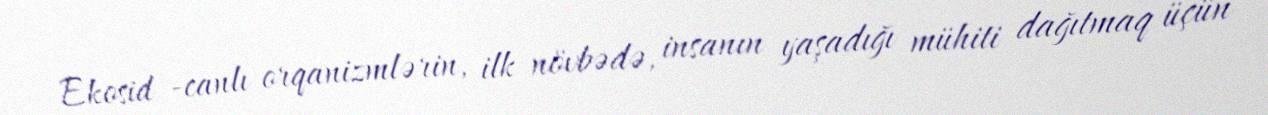
Ekosid -canlı orqanizmlərin, ilk növbədə, insanın yaşadığı mühiti dağıtmaq üçün